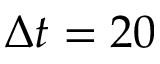
\Delta t = 2 0